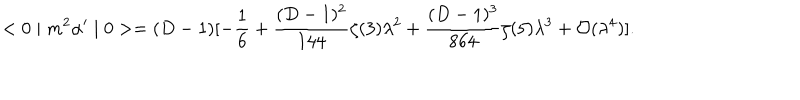
< 0 \mid m ^ { 2 } \alpha ^ { \prime } \mid 0 > = ( D - 1 ) [ - \frac { 1 } { 6 } + \frac { ( D - 1 ) ^ { 2 } } { 1 4 4 } \zeta ( 3 ) \lambda ^ { 2 } + \frac { ( D - 1 ) ^ { 3 } } { 8 6 4 } \zeta ( 5 ) \lambda ^ { 3 } + { \cal O } ( \lambda ^ { 4 } ) ] .